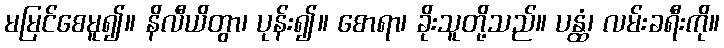
မမြင်စေမူ၍။ နိလီယိတွာ၊ ပုန်း၍။ စောရာ၊ ခိုးသူတို့သည်။ ပန္ထံ၊ လမ်းခရီးကို။